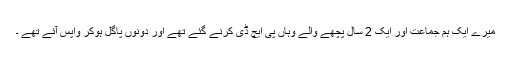
میرے ایک ہم جماعت اور ایک 2 سال پچھے والے وہاں پی ایچ ڈی کرنے گئے تھے اور دونوں پاگل ہوکر واپس آئے تھے ۔